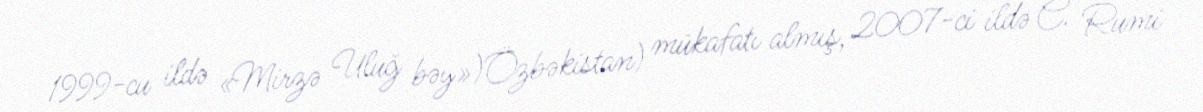
1999-cu ildə «Mirzə Uluğ bəy»)Özbəkistan) mükafatı almış, 2007-ci ildə C. Rumi